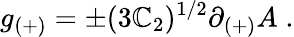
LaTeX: g_{(+)}=\pm(3\mathbb{C}_{2})^{1/2}\partial_{(+)}A\; .